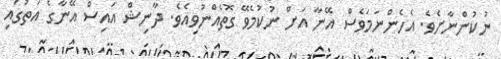
ނުކުންނާށެވެ. އެހެންނަމަވެސް އޭނާ އަށް ނުކުމެވޭ ގޮތެއްނުވިއެވެ. ދާނިޝް އައިސް އޭނާގެ އަތުގައި